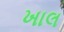
ખાલ